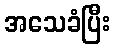
အသေခံပြီး